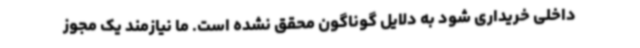
داخلی خریداری شود به دلایل گوناگون محقق نشده است. ما نیازمند یک مجوز